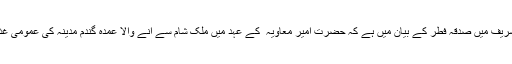
بخاری شریف میں صدقہ فطر کے بیان میں ہے کہ حضرت امیر معاویہ ؓ کے عہد میں ملک شام سے آنے والا عمدہ گندم مدینہ کی عمومی غذا بن گیا۔